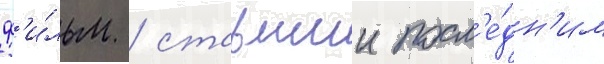
ф'и́льм / ставшии посл'е́дн'им